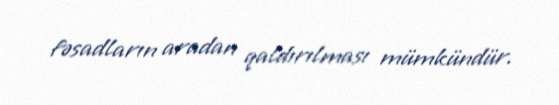
fəsadların aradan qaldırılması mümkündür.